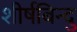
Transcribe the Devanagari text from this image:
शीर्षबिन्दु